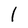
Character: l